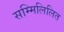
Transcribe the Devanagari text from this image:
सम्मिलिलित